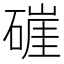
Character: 𰧛